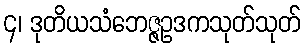
၄၊ ဒုတိယသံဘေဇ္ဇဥဒကသုတ်သုတ်